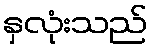
နှလုံးသည်